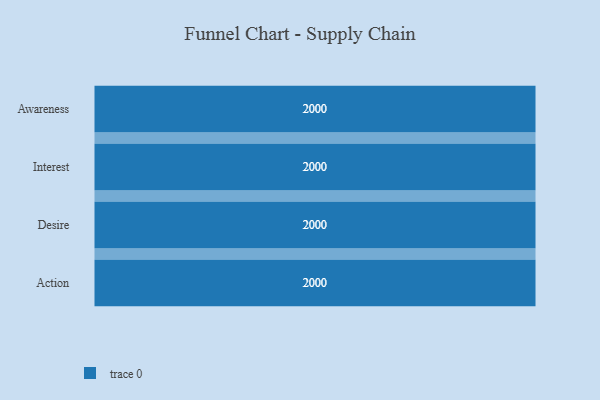
{"axis": {"x": "Stage", "y": "Value"}, "legend": [""], "data": [{"x": "Awareness", "y": 2000, "type": ""}, {"x": "Interest", "y": 2000, "type": ""}, {"x": "Desire", "y": 2000, "type": ""}, {"x": "Action", "y": 2000, "type": ""}]}